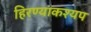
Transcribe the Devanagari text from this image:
हिरण्याकश्यप